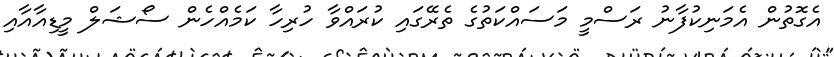
އެގޮތުން އެމަނިކުފާނު ރަސްމީ މަސައްކަތުގެ ތެރޭގައި ކުރައްވާ ހުރިހާ ކަމެއްހެން ސޯޝަލް މީޑިއާއާއި